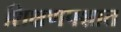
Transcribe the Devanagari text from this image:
शिक्षणपश्चात